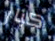
كبار